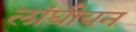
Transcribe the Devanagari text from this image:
लांघीयन